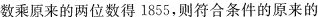
数乘原来的两位数得1855，则符合条件的原来的